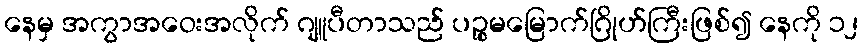
နေမှ အကွာအဝေးအလိုက် ဂျူပီတာသည် ပဉ္စမမြောက်ဂြိုဟ်ကြီးဖြစ်၍ နေကို ၁၂